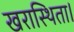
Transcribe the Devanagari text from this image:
खरास्थिता।